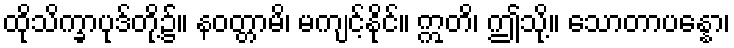
ထိုသိက္ခာပုဒ်တို့၌။ နဝတ္တာမိ၊ မကျင့်နိုင်။ ဣတိ၊ ဤသို့။ သောတာပန္နော၊